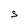
Character: S